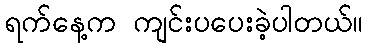
ရက်နေ့က ကျင်းပပေးခဲ့ပါတယ်။